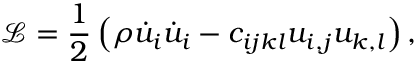
\mathcal { L } = \frac 1 2 \left( \rho \dot { u } _ { i } \dot { u } _ { i } - c _ { i j k l } u _ { i , j } u _ { k , l } \right) ,